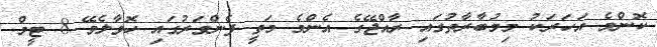
ކޮންމެ އަހަރަކު މިމުބާރާތުގައި ރާއްޖޭގެ އެންމެ މަތީ ފެންވަރުގައި ހޮވާލެވޭ 8 ޓީމް